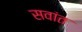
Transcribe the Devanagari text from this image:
सवांत